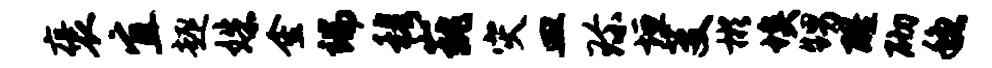
褒宜趣姝金端穆巍灾皿珍垣芟彬埃甥醒砌稳